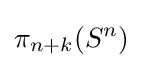
\pi _{n+k}(S^{n})